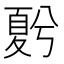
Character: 𡕵